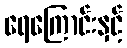
ရေကြောင်းနှင့်